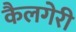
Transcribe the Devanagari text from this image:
कैलगेरी